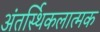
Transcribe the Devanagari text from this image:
अंतर्स्थिकलात्मक